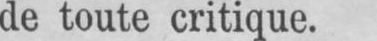
de toute critique.